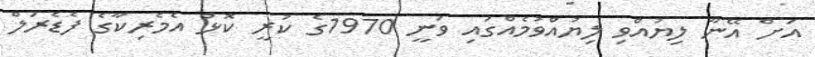
އަށް އޭނާ ލިޔުއްވި ލިޔުއްވުމެއްގައި ވަނީ 1970ގެ ކުރީ ކޮޅު އެމެރިކާގެ ފެޑެރަލް